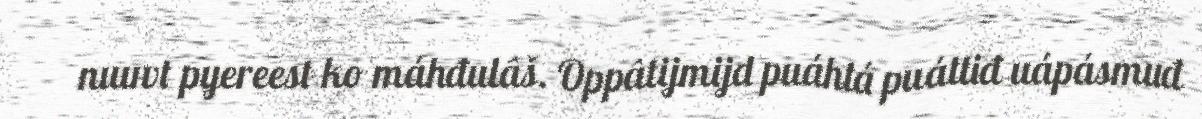
nuuvt pyereest ko máhđulâš. Oppâtijmijd puáhtá puáttiđ uápásmuđ